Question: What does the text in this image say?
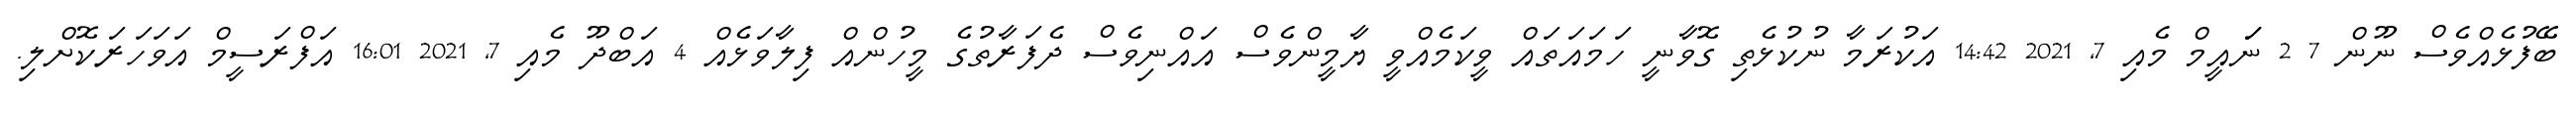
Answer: ބޭފުޅެއްވެސް ނޫން 7 2 ނަައީމް މެއި 7, 2021 14:42 އަކުރަމާ ނުކުޅެތި ގޮވާނީ ހަމައަތައް ވީކަމެއްވީ ޔާމީންވެސް އައްނިވެސް ދެފަރާތުގެ މީހުންއް ފިލާވަޅެއް 4 އަބްދޫ މެއި 7, 2021 16:01 އަފްރަސީމް އަވަހަރަކޮށްލި.